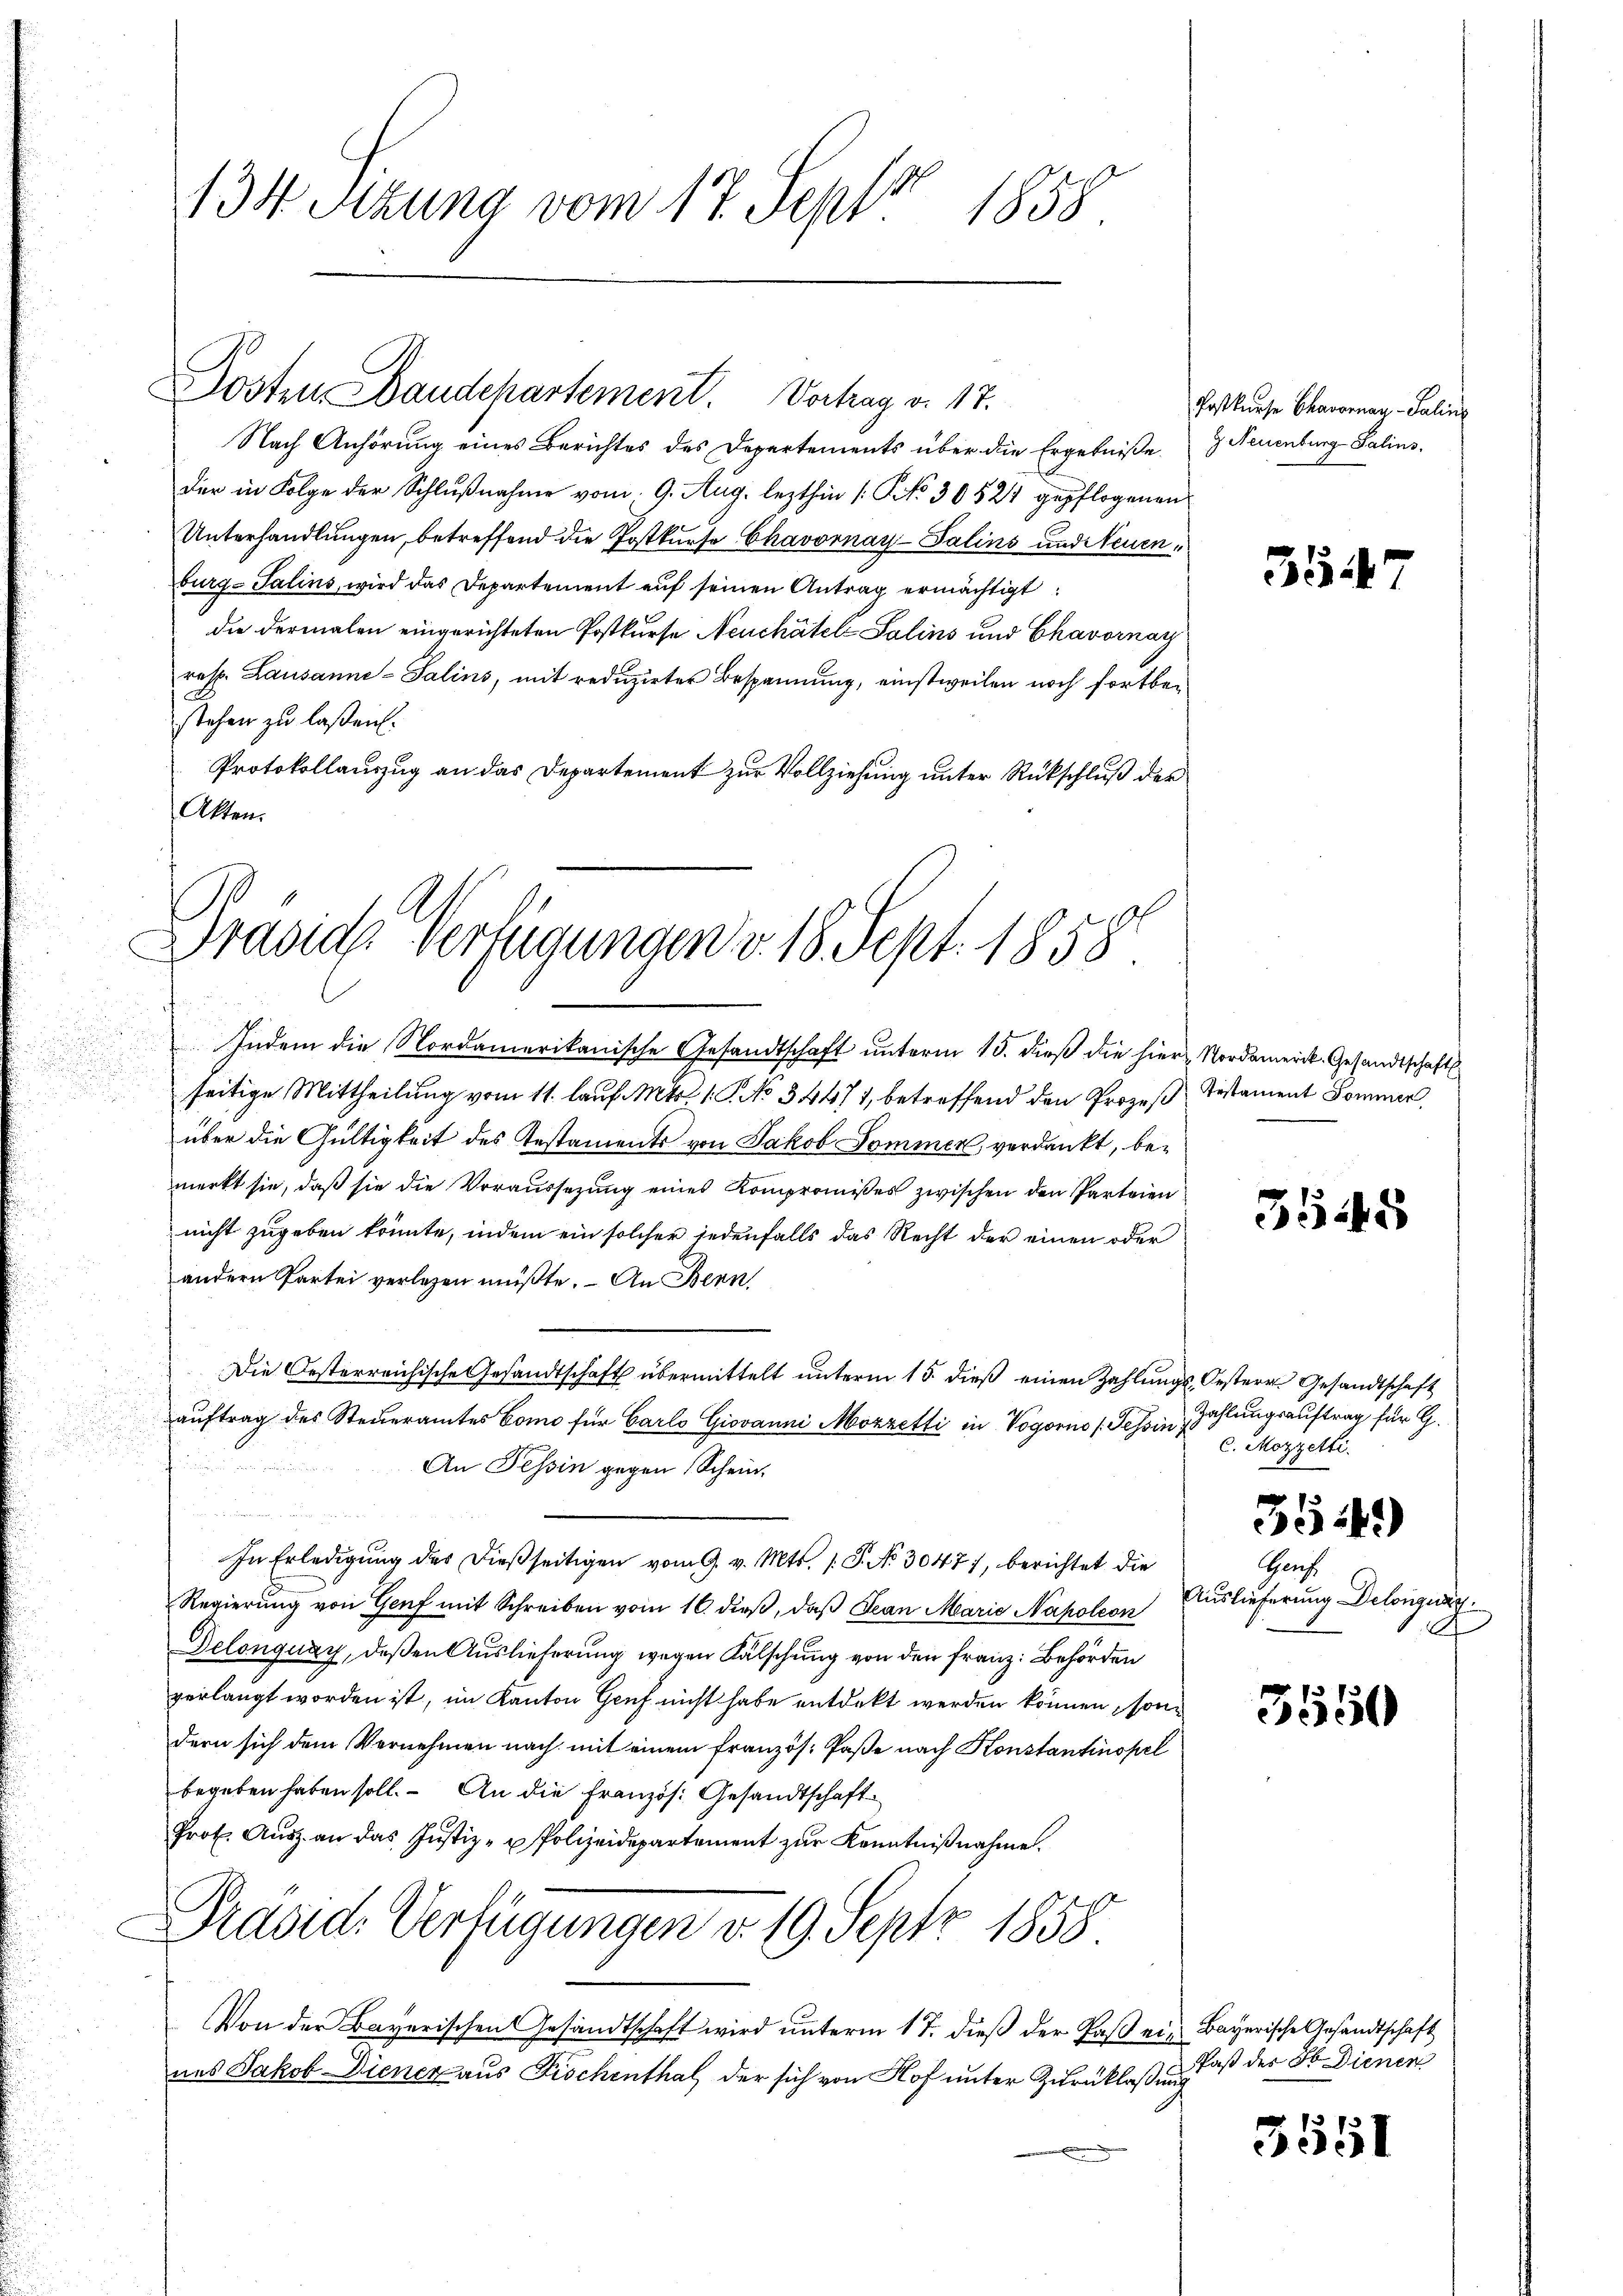
134 Sizung vom 17. Sept 1858

Posten Baudepartement. Vortrag v. 17.

Dräside Verfügungen v. 18. Sept. 1858

Indem die Nordamerikanische Gesandtschaft unterm 15. dieß die hier Nordamerik. Gesandtschaft
seitige Mittheilung vom 11. lauf. Mts. 1. C. No 34471, betreffend den Prozeß Testament Sommer,
über die Gültigkeit des Testaments von Jakob Sommer, verdankt, bemerkt sie, daß sie die Voraussezung eines Kompromises zwischen den Parteien
nicht zugeben könnte, indem ein solcher jedenfalls das Recht der einen oder
andern Partei verlesen müßte. – An Bern,
Die Oesterreichische Gesandtschaft übermittelt unterm 15. dieß einen Zahlungs-Oesterr. Gesandtschaft
auftrag des Steueramtes Como für Carlo Giovanni Mozzetti in Vogorno (Tessin,
r
An Tessin gegen Schein.
In Erledigung des dießseitigen vom 9. v. Mts. s. S. No. 3047), berichtet die
Regierung von Genf mit Schreiben vom 16. dieß, daß Jean Marie Napoleon
Delonquay, deßen Auslieferung wegen Fälschung von den Franz: Behörden
verlangt worden ist, im Kanton Genf nicht habe entdeckt werden können, sondern sich dem Vernehmen nach mit einem französ. Paße nach Konstantinopel
begeben haben soll. An die Französ. Gesandtschaft
Prot. Aŭsz an das Justiz- u Polizeidepartement zur Kenntnißnahme.
Präsid. Verfügungen v. 19. Sept 1858.
Von der Bayerischen Gesandtschaft wird unterm 17. dieß der Paß ein Bayerische Gesandtschaft
nes Jakob Diener aus Fröchenthal, der sich von Hof unter Zurücklassung

Nach Anhörung eines Berichtes des Departements über die Ergebniße Neuenburg Salins.
Der in Folge der Schlußnahme vom 9. Aug. lezthin /: No 30521 gepflogenen
Unterhandlungen, betreffend die Postkurse Chavornay-Salins und Neuenburg-Salins, wird das Departement auf seinen Antrag ermächtigt:
die dermalen eingerichteten Postkurse Neuchâtel Salins und Chavornay
resp. Lausanne-Salins, mit reduzirter Bespannung, einstweilen noch fortbestehen zu laßen.
Protokollauszug an das Departement zur Vollziehung unter Rückschluß der
Akten.

Postkurse Chavornay-Saline

354

3545

Zahlungsauftrag für G.
C. Mozzetti.

354)

Gaus
Auslieferung Besorgung.
A

3550

Paß des So. Dienen

e
5